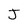
Character: J